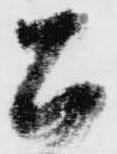
公